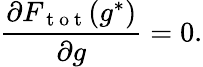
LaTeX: \frac{\partial F_{\mathrm{~t~o~t~}}(g^{*})}{\partial g}=0.